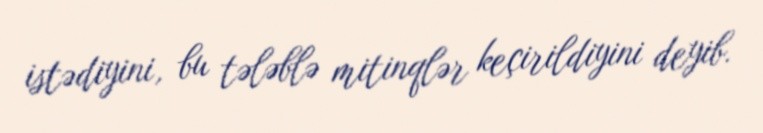
istədiyini, bu tələblə mitinqlər keçirildiyini deyib.